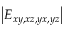
\left| E _ { x y , x z , y x , y z } \right|